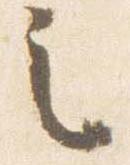
之